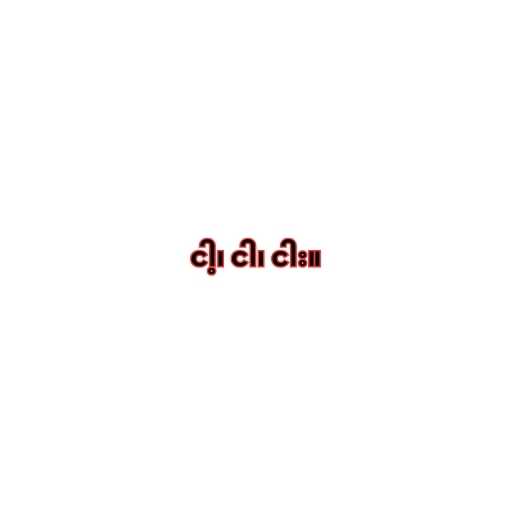
ငါ့၊ ငါ၊ ငါး။